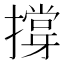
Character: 撐